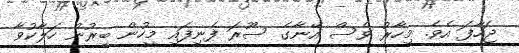
ޖަހާފަ އެވެ. މިހާރު ވެސް އޭނާގެ ސޫރަ ފެނިފައި މީހުން ބިރުން ހަލާކުވާ